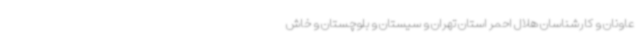
عاونان و کارشناسان هلال احمر استان تهران و سیستان و بلوچستان و خاش